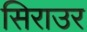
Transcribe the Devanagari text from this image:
सिराउर